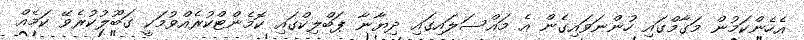
އެހެންކަމުން މަގާމްގައި ހުންނަވައިގެން އެ މައްސަލައިގައި ދިޔާނާ ޕަބްލިކްގައި ކޮމެންޓްކުރެއްވުމަކީ ގަބޫލުކުރެވޭ ކަމެއް